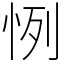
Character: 㤡